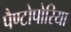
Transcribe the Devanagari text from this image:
पैण्टोपोरिया